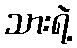
သားရဲ့